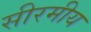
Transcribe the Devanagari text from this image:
सीरमीय